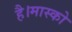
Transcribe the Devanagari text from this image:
है।मास्को